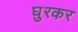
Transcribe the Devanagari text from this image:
घुरकर